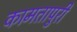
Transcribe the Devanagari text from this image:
कामतापुरी